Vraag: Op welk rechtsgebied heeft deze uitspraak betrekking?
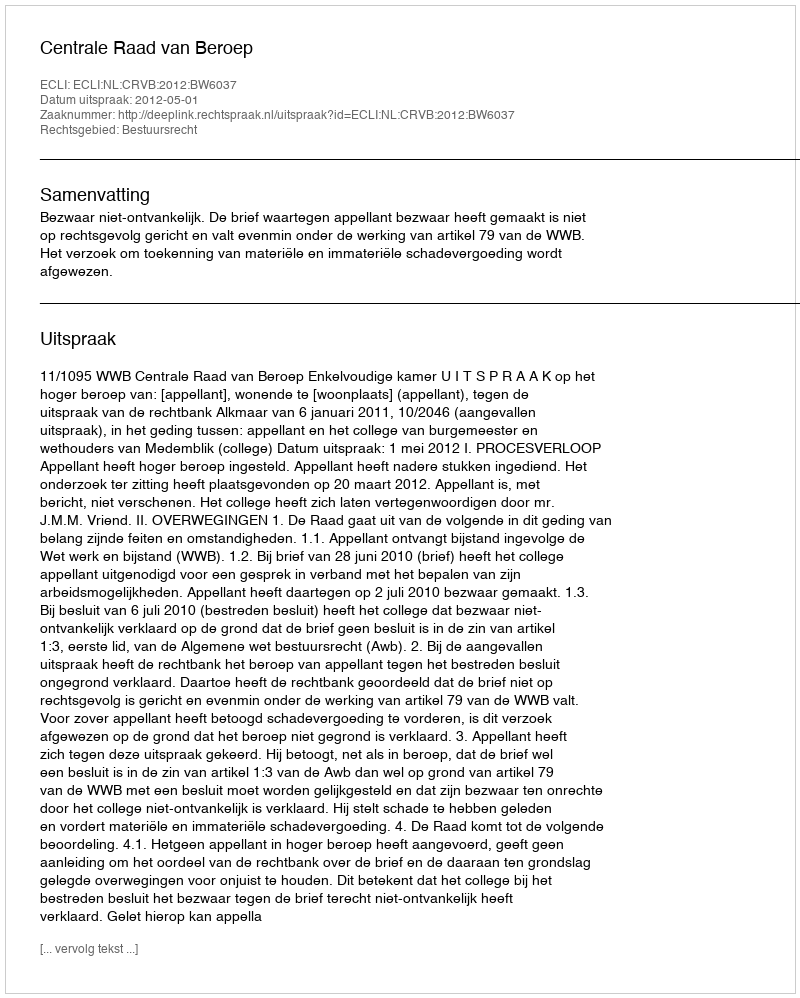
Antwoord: Bestuursrecht